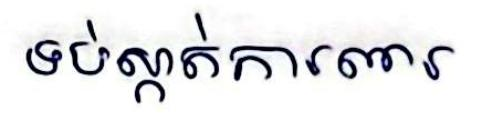
ទប់ស្កាត់ការពារ